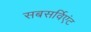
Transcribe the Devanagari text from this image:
सबसर्विएंट